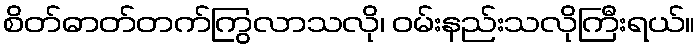
စိတ်ဓာတ်တက်ကြွလာသလို၊ ဝမ်းနည်းသလိုကြီးရယ်။